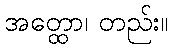
အတ္ထော၊ တည်း။